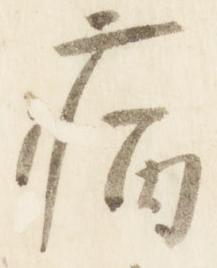
病